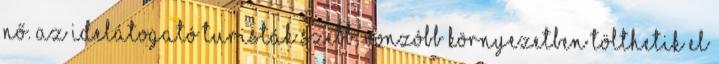
nő. Az idelátogató turisták szebb, vonzóbb környezetben tölthetik el